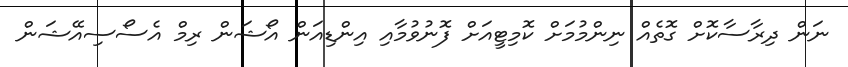
ނަން ދިރާސާކޮށް ގޮތެއް ނިންމުމަށް ކޮމިޓީއަށް ފޮނުވުމާއި އިންޑިއަން އޯޝަން ރިމް އެސޯސިއޭޝަން